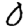
Digit: 0